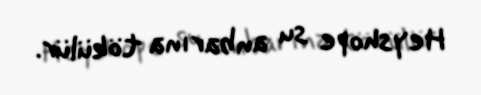
Heyshope su anbarına tökülür.